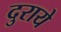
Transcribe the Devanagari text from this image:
दुराये